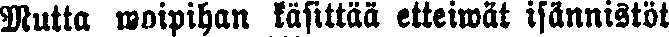
Mutta woipihan käsittää etteiwät isännistöt